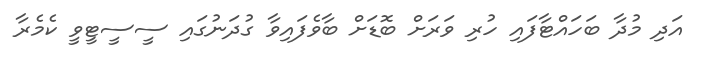
އަދި މުދާ ބަހައްޓާފައި ހުރި ވަރަށް ބޮޑަށް ބާވެފައިވާ ގުދަނުގައި ސީސީޓީވީ ކެމެރާ